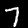
Digit: 7